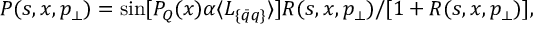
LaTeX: P ( s , x , p _ { \perp } ) = \sin [ { \cal { P } } _ { Q } ( x ) \alpha \langle L _ { \{ \bar { q } q \} } \rangle ] { R ( s , x , p _ { \perp } ) } / { [ 1 + R ( s , x , p _ { \perp } ) ] } ,